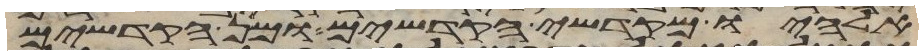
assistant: אלהיו מקדשי הקדשים ומן הקדשים